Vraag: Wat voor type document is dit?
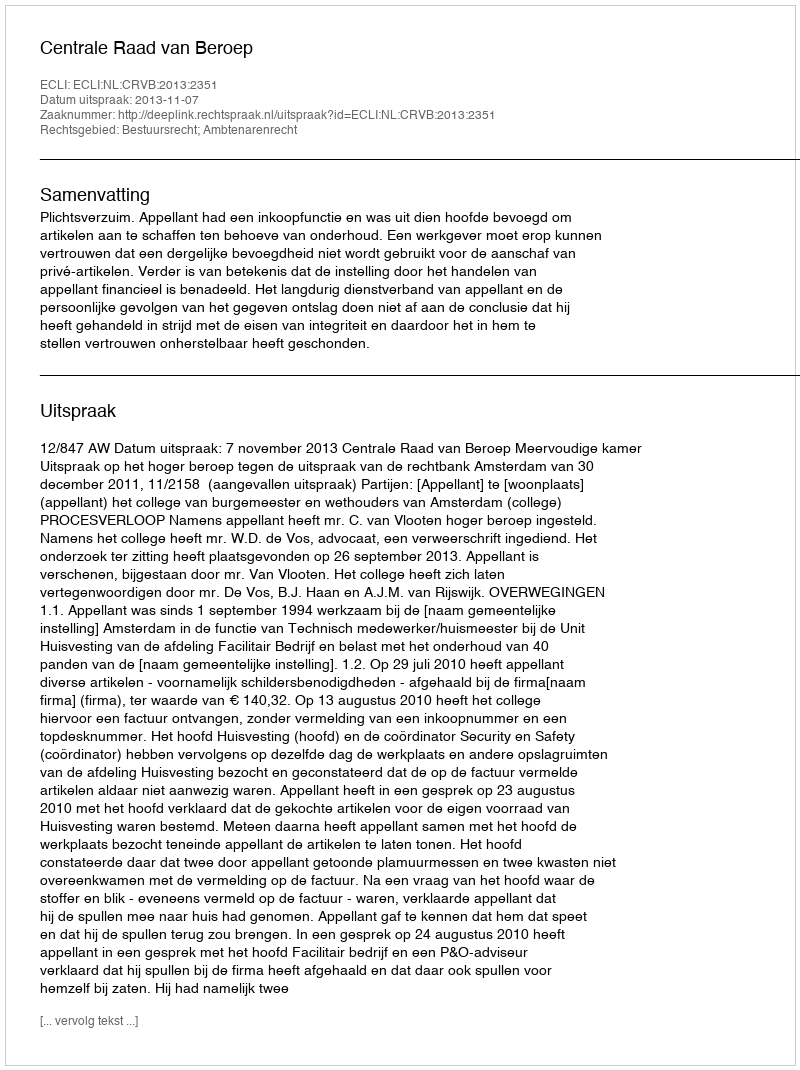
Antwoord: Uitspraak